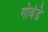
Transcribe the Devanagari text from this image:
गोवंडे